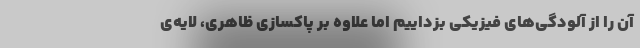
آن را از آلودگی‌های فیزیکی بزداییم اما علاوه بر پاکسازی ظاهری، لایه‌ی